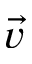
\vec { v }